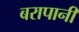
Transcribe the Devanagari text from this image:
बरापानी